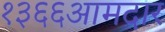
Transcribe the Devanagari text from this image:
१३६६आमदार